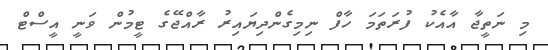
މި ނަތީޖާ އާއެކު ފުރަތަމަ ހާފް ނިމިގެންދިޔައިރު ރާއްޖޭގެ ޓީމުން ވަނީ އީސްޓް